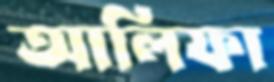
আলিফা